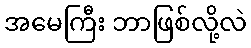
အမေကြီး ဘာဖြစ်လို့လဲ